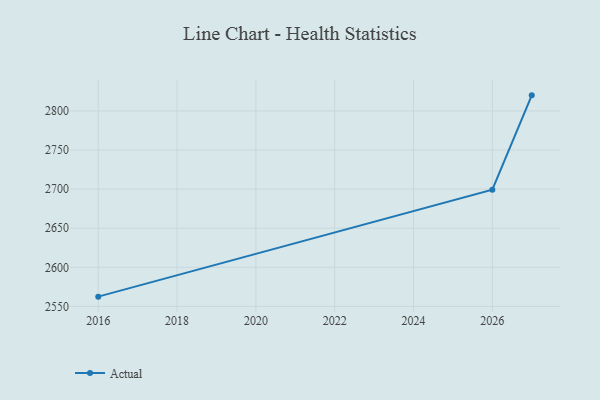
{"axis": {"x": "Year", "y": "Demand Index"}, "legend": ["Actual"], "data": [{"x": "2027", "y": 2819.9, "type": "Actual"}, {"x": "2026", "y": 2699.2, "type": "Actual"}, {"x": "2016", "y": 2562.5, "type": "Actual"}]}